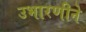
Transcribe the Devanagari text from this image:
उभारणीने